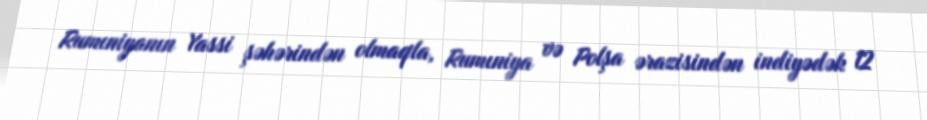
Rumıniyanın Yassi şəhərindən olmaqla, Rumıniya və Polşa ərazisindən indiyədək 12